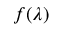
f ( \lambda )